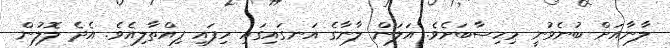
ލާނާއަށް ބުނެވުނީ މިހިސާބަށެވެ. އަލަން ލާނާގެ އަނގައިގައި ހިފައި ފިއްތާލިއެވެ. އެދެ ލޮލުން